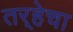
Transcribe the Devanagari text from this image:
तर्‍हेचा